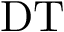
\mathrm { D T }